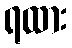
ရထား